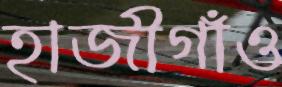
হাজীগাঁও